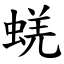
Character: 蜣